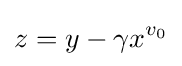
z=y-\gamma x^{v_{0}}